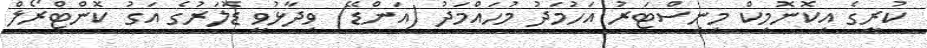
ކުރީގެ އިކޮނޮމިކް މިނިސްޓަރު އަހުމަދު މުހައްމަދު (އަންޑޭ) ވިދާޅުވީ ޑޮލަރުގެ އަގު ކޮންޓްރޯލް